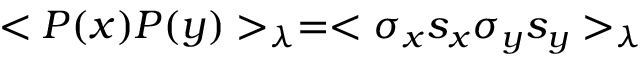
< P ( x ) P ( y ) > _ { \lambda } = < \sigma _ { x } s _ { x } \sigma _ { y } s _ { y } > _ { \lambda }